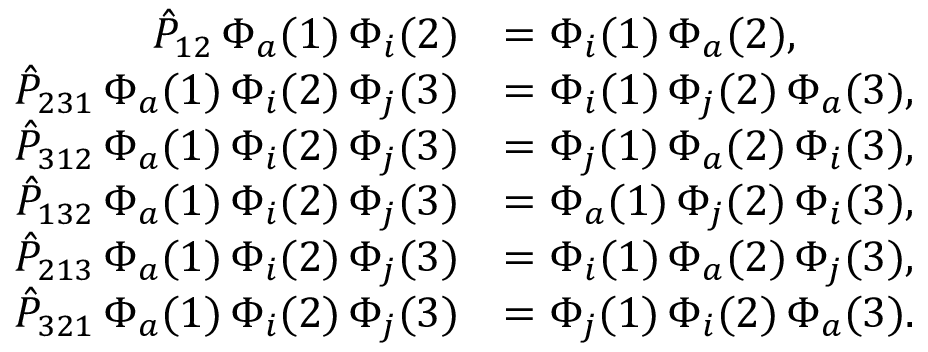
\begin{array} { r l } { \hat { P } _ { 1 2 } \, \Phi _ { a } ( 1 ) \, \Phi _ { i } ( 2 ) } & { = \Phi _ { i } ( 1 ) \, \Phi _ { a } ( 2 ) \mathrm { , } } \\ { \hat { P } _ { 2 3 1 } \, \Phi _ { a } ( 1 ) \, \Phi _ { i } ( 2 ) \, \Phi _ { j } ( 3 ) } & { = \Phi _ { i } ( 1 ) \, \Phi _ { j } ( 2 ) \, \Phi _ { a } ( 3 ) \mathrm { , } } \\ { \hat { P } _ { 3 1 2 } \, \Phi _ { a } ( 1 ) \, \Phi _ { i } ( 2 ) \, \Phi _ { j } ( 3 ) } & { = \Phi _ { j } ( 1 ) \, \Phi _ { a } ( 2 ) \, \Phi _ { i } ( 3 ) \mathrm { , } } \\ { \hat { P } _ { 1 3 2 } \, \Phi _ { a } ( 1 ) \, \Phi _ { i } ( 2 ) \, \Phi _ { j } ( 3 ) } & { = \Phi _ { a } ( 1 ) \, \Phi _ { j } ( 2 ) \, \Phi _ { i } ( 3 ) \mathrm { , } } \\ { \hat { P } _ { 2 1 3 } \, \Phi _ { a } ( 1 ) \, \Phi _ { i } ( 2 ) \, \Phi _ { j } ( 3 ) } & { = \Phi _ { i } ( 1 ) \, \Phi _ { a } ( 2 ) \, \Phi _ { j } ( 3 ) \mathrm { , } } \\ { \hat { P } _ { 3 2 1 } \, \Phi _ { a } ( 1 ) \, \Phi _ { i } ( 2 ) \, \Phi _ { j } ( 3 ) } & { = \Phi _ { j } ( 1 ) \, \Phi _ { i } ( 2 ) \, \Phi _ { a } ( 3 ) \mathrm { . } } \end{array}